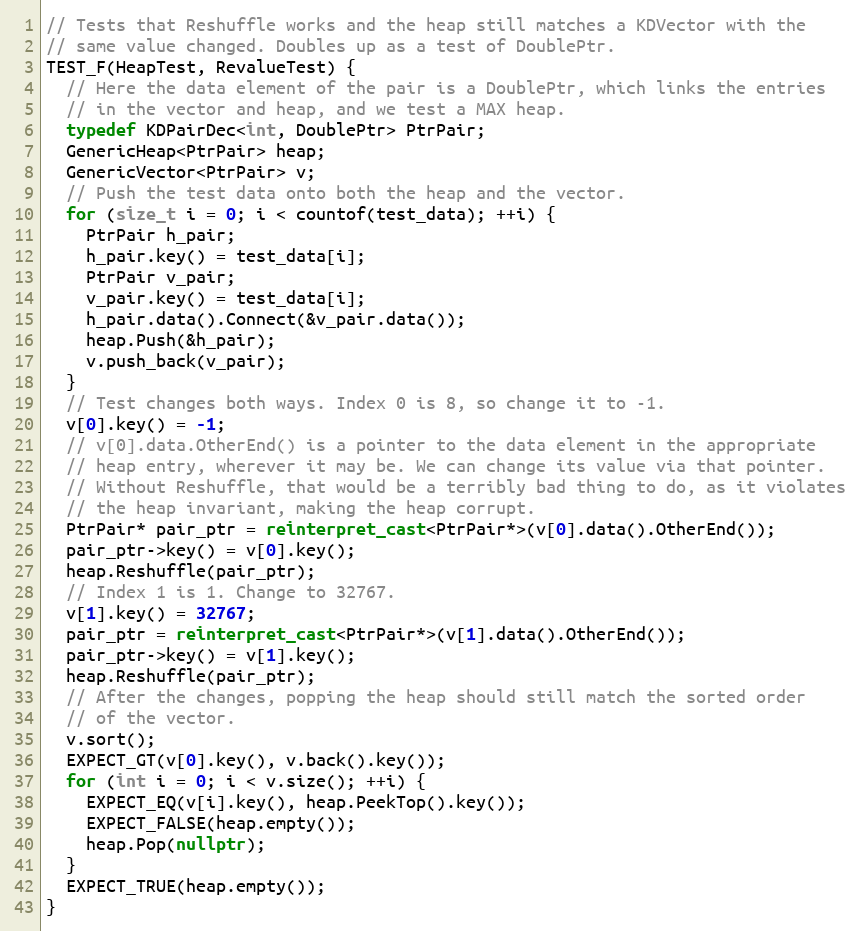
Language: C++
// Tests that Reshuffle works and the heap still matches a KDVector with the
// same value changed. Doubles up as a test of DoublePtr.
TEST_F(HeapTest, RevalueTest) {
  // Here the data element of the pair is a DoublePtr, which links the entries
  // in the vector and heap, and we test a MAX heap.
  typedef KDPairDec<int, DoublePtr> PtrPair;
  GenericHeap<PtrPair> heap;
  GenericVector<PtrPair> v;
  // Push the test data onto both the heap and the vector.
  for (size_t i = 0; i < countof(test_data); ++i) {
    PtrPair h_pair;
    h_pair.key() = test_data[i];
    PtrPair v_pair;
    v_pair.key() = test_data[i];
    h_pair.data().Connect(&v_pair.data());
    heap.Push(&h_pair);
    v.push_back(v_pair);
  }
  // Test changes both ways. Index 0 is 8, so change it to -1.
  v[0].key() = -1;
  // v[0].data.OtherEnd() is a pointer to the data element in the appropriate
  // heap entry, wherever it may be. We can change its value via that pointer.
  // Without Reshuffle, that would be a terribly bad thing to do, as it violates
  // the heap invariant, making the heap corrupt.
  PtrPair* pair_ptr = reinterpret_cast<PtrPair*>(v[0].data().OtherEnd());
  pair_ptr->key() = v[0].key();
  heap.Reshuffle(pair_ptr);
  // Index 1 is 1. Change to 32767.
  v[1].key() = 32767;
  pair_ptr = reinterpret_cast<PtrPair*>(v[1].data().OtherEnd());
  pair_ptr->key() = v[1].key();
  heap.Reshuffle(pair_ptr);
  // After the changes, popping the heap should still match the sorted order
  // of the vector.
  v.sort();
  EXPECT_GT(v[0].key(), v.back().key());
  for (int i = 0; i < v.size(); ++i) {
    EXPECT_EQ(v[i].key(), heap.PeekTop().key());
    EXPECT_FALSE(heap.empty());
    heap.Pop(nullptr);
  }
  EXPECT_TRUE(heap.empty());
}